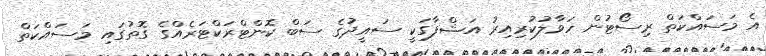
އެ މަސައްކަތް ރިސޯޓުން ހަވާލުކުރިއިރު އަޝްފާގަކީ ސައީދުގެ ސަބް ކޮންޓްރަކްޓަރެއްގެ ގޮތުގައި މަސައްކަތް